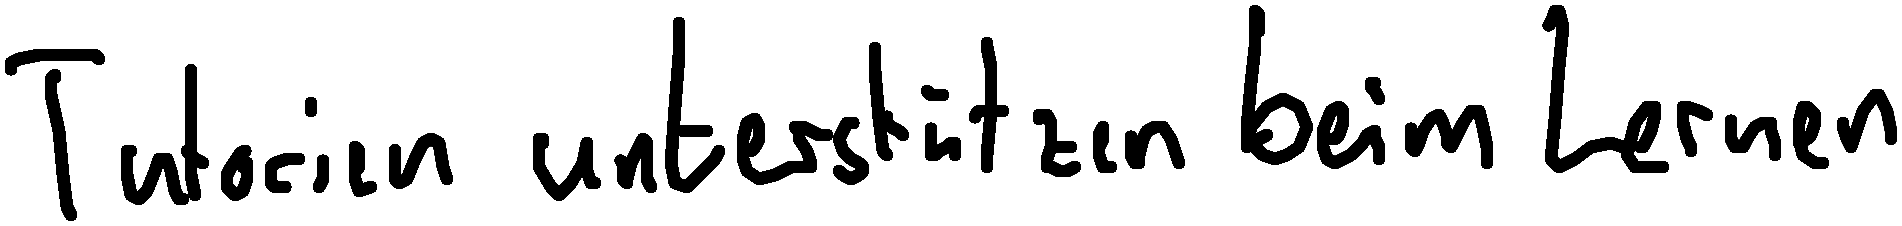
Tutorien unterstützen beim Lernen.